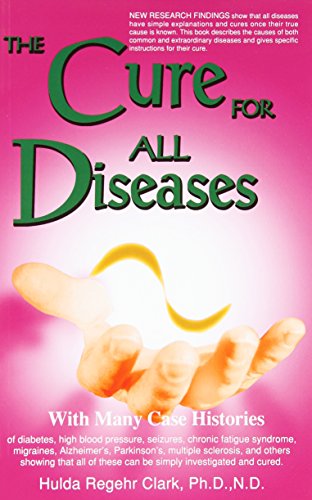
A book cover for The Cure for All Diseases: With Many Case Histories; Hulda Regehr Clark; Health, Fitness & Dieting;